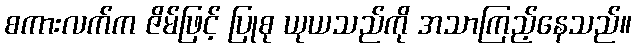
စကားလက်က ဇိမ်ဖြင့် ပြုစု ယုယသည်ကို အသာကြည့်နေသည်။